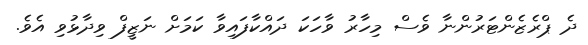
ދެ ޕްރެޒެންޓަރުންނާ ވެސް މިހާރު ވާހަކަ ދައްކާފައިވާ ކަމަށް ނަޒީފް ވިދާޅުވި އެވެ.